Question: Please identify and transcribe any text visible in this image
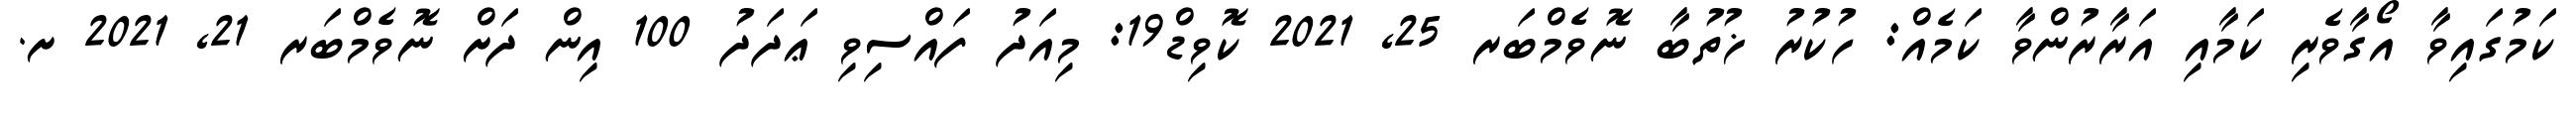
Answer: ކަމުގައިވާ އޯގާވެރި ކަމާއި އަރާރުންވާ ކަމެއް: ހުކުރު ޚުތުބާ ނޮވެމްބަރ 25, 2021 ކޮވިޑް19: މިއަދު ފައްސިވި ޢަދަދު 100 އިން ދަށް ނޮވެމްބަރ 21, 2021 ށ.